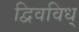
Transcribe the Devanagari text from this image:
द्विवविध्